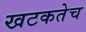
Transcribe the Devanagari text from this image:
खटकतेच